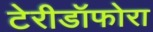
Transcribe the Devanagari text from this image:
टेरीडॉफोरा